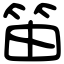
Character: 笛